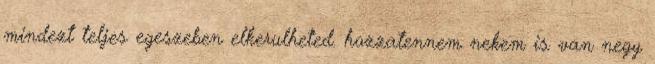
mindezt teljes egeszeben elkerulheted. hozzatennem nekem is van negy